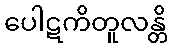
ပေါဋကိတူလန္တိ